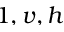
1 , v , h